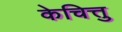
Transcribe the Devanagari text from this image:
केचित्तु